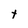
Character: t